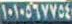
١٠١٠٥٦٧٧٥٤